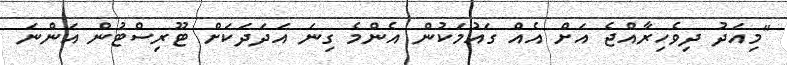
"މިއަދު ދިވެހިރާއްޖެ އަށް އެއް ގައުމަކުން އެންމެ ގިނަ އަދަދަކަށް ޓޫރިސްޓުން އަންނަ